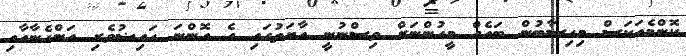
ކޮންމެއަކަސް މިހިސާބުން ބައެއް މީހުންނަށް ވިސްނުނީ އާޔަތުގައި އެ އޮންނަ ޙައިޟުވެރި އަންހެނާއާއި